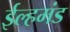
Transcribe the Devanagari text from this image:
ईल्हमंड